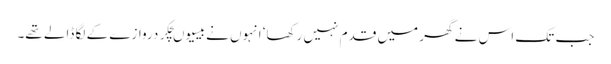
جب تک اس نے گھر میں قدم نہیں رکھا‘ انہوں نے بیسیوںچکر دروازے کے لگا ڈالے تھے۔